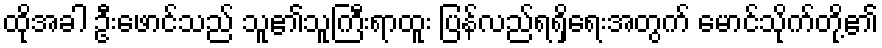
ထိုအခါ ဦးဖောင်သည် သူ၏သူကြီးရာထူး ပြန်လည်ရရှိရေးအတွက် မောင်သိုက်တို့၏